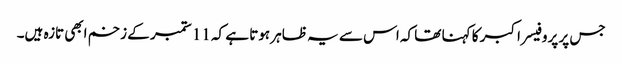
جس پر پروفیسر اکبر کا کہنا تھا کہ اس سے یہ ظاہر ہوتا ہے کہ 11 ستمبر کے زخم ابھی تازہ ہیں۔